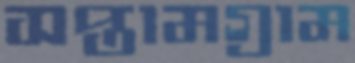
সপ্তামগ্রাম